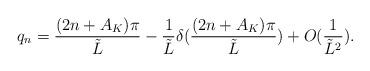
LaTeX: \begin{align*}q_{n}=\frac{(2n+A_{K})\pi }{\tilde{L}}-\frac{1}{\tilde{L}}\delta (\frac{(2n+A_{K})\pi }{\tilde{L}})+O(\frac{1}{\tilde{L}^{2}}).\end{align*}